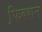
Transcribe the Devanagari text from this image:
फि़क्शन